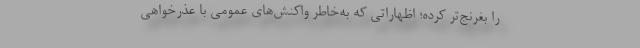
را بغرنج‌تر کرده؛ اظهاراتی که به‌خاطر واکنش‌های عمومی با عذرخواهی